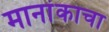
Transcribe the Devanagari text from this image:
मानांकाचा